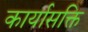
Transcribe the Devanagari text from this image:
कार्यासक्ति